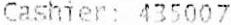
CASHIER: 435007